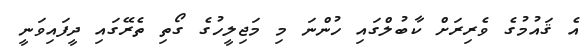
އެ ޤައުމުގެ ވެރިރަށް ކާބުލްގައި ހުންނަ މި މަޖިލީހުގެ ގޯތި ތެރޭގައި ދީފައިވަނީ